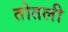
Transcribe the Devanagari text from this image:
तोतली